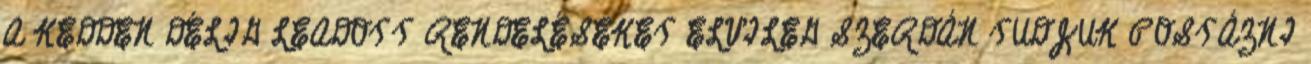
A KEDDEN DÉLIG LEADOTT RENDELÉSEKET ELVILEG SZERDÁN TUDJUK POSTÁZNI